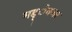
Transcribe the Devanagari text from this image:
मद्द्ेनजर